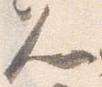
人